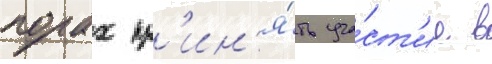
порах пр'ин'я́ть уча́ст'ие в